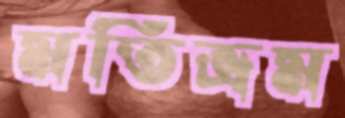
মতিভ্রম